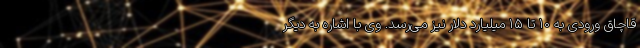
قاچاق ورودی به ۱۰ تا ۱۵ میلیارد دلار نیز می‌رسد. وی با اشاره به دیگر